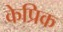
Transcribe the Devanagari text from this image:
केप्रिक